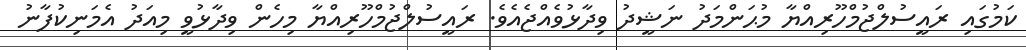
ކަމުގައި ރައީސުލްޖުމްހޫރިއްޔާ މުޙަންމަދު ނަޝީދު ވިދާޅުވެއްޖެއެވެ. ރައީސުލްޖުމްހޫރިއްޔާ މިހެން ވިދާޅުވީ މިއަދު އެމަނިކުފާނު